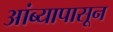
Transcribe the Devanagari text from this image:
आंब्यापासून